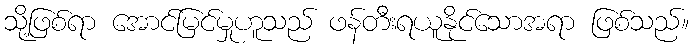
သို့ဖြစ်ရာ အောင်မြင်မှုဟူသည် ဖန်တီးရယူနိုင်သောအရာ ဖြစ်သည်။